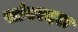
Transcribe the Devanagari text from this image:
सांबरदरा